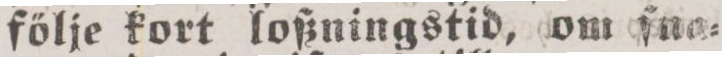
följe kort loßningstid, om ſne=